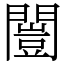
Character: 闓